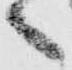
へ